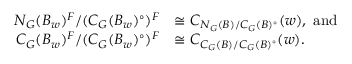
\begin{array} { r l } { N _ { G } ( B _ { w } ) ^ { F } / ( C _ { G } ( B _ { w } ) ^ { \circ } ) ^ { F } } & { \cong C _ { N _ { G } ( B ) / C _ { G } ( B ) ^ { \circ } } ( w ) , \ \mathrm { a n d } } \\ { C _ { G } ( B _ { w } ) ^ { F } / ( C _ { G } ( B _ { w } ) ^ { \circ } ) ^ { F } } & { \cong C _ { C _ { G } ( B ) / C _ { G } ( B ) ^ { \circ } } ( w ) . } \end{array}